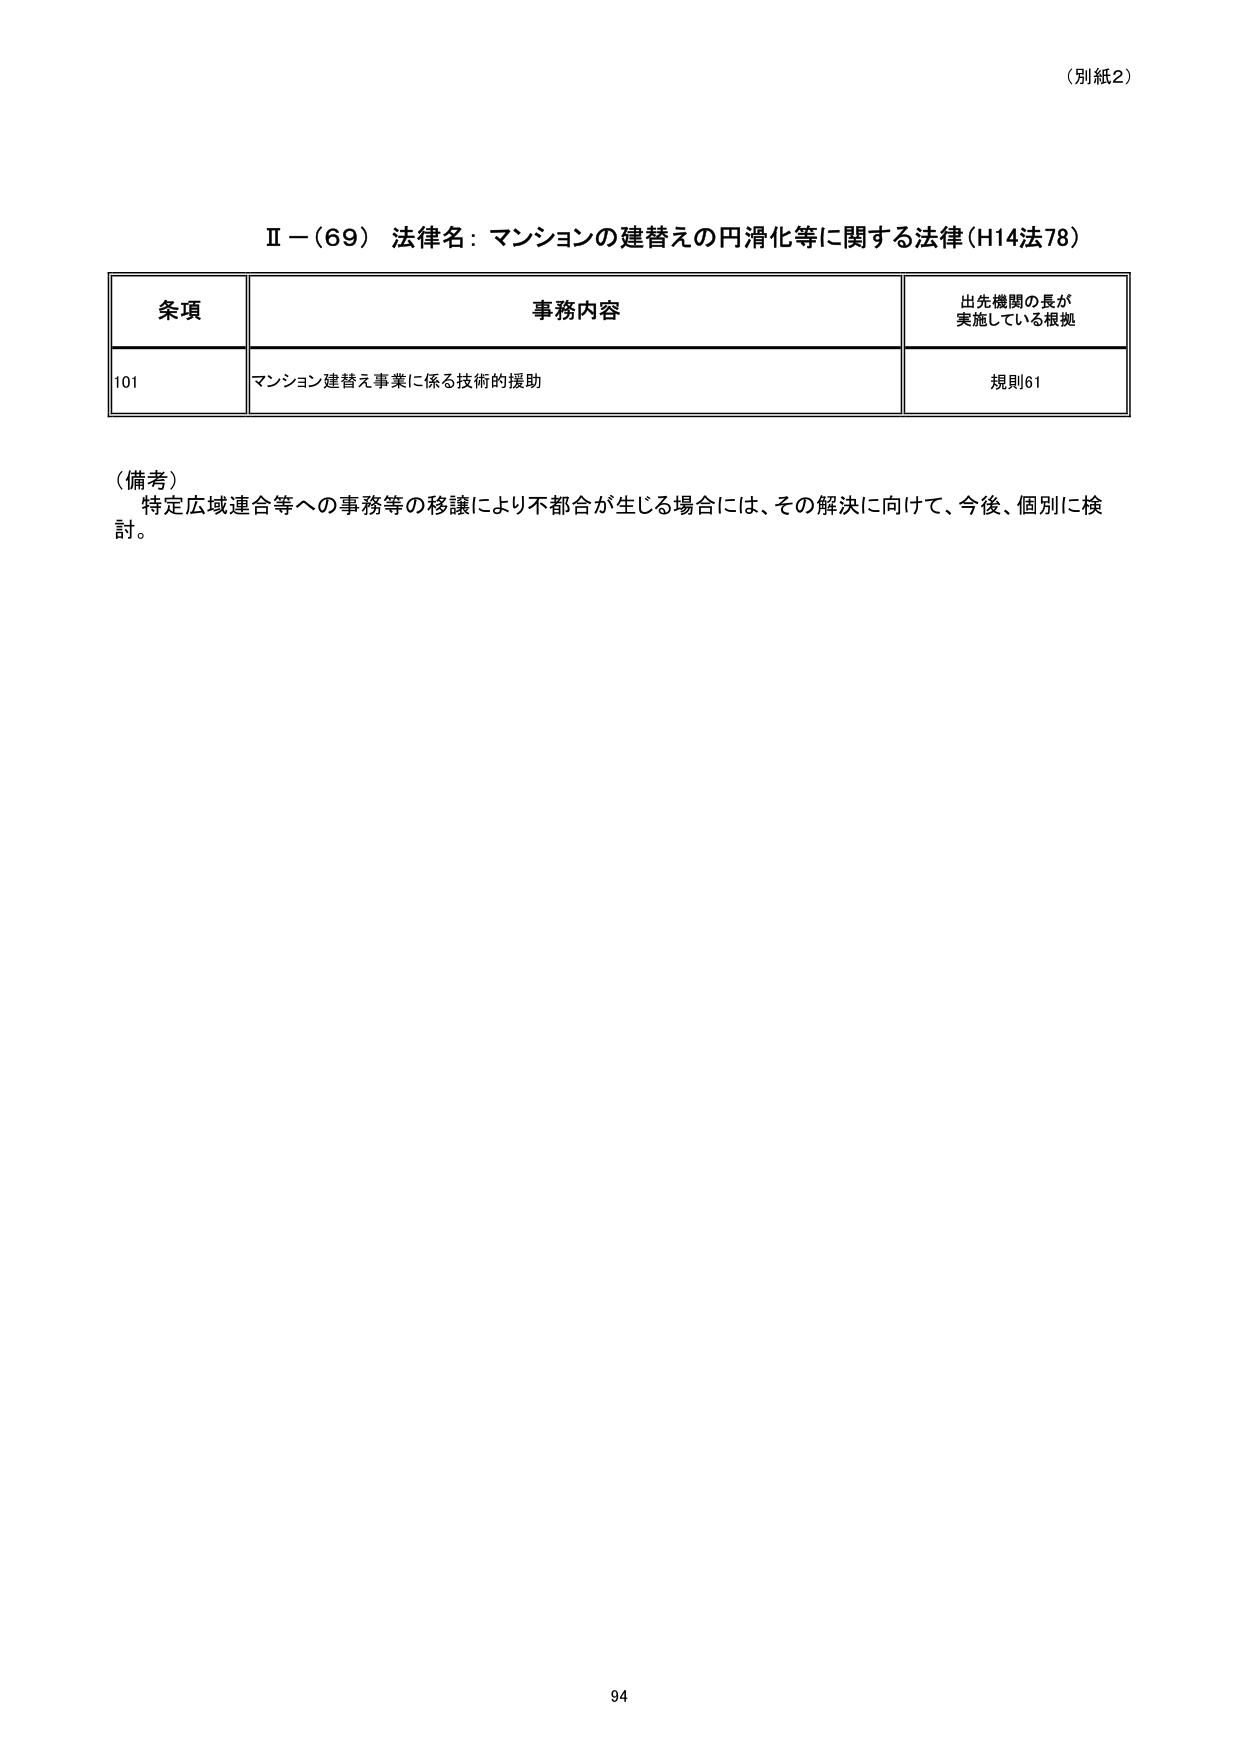
（別紙2）

Ⅱ－（69） 法律名：マンションの建替えの円滑化等に関する法律（H14法78）

条項 事務内容 出先機関の長が実施している根拠
101 マンション建替え事業に係る技術的援助 規則61

（備考）
特定広域連合等への事務等の移譲により不都合が生じる場合には、その解決に向けて、今後、個別に検討。

94